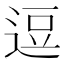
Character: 逗